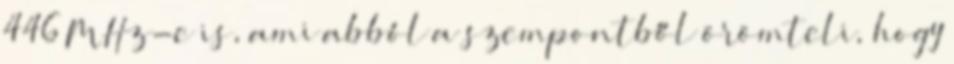
446 MHz-e is, ami abból a szempontből örömteli, hogy